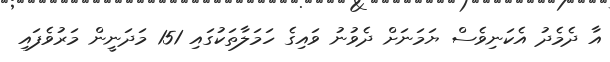
އާ ދެމެދު އެކަނިވެސް ޔަމަނަށް ދެވުނު ވައިގެ ހަމަލާތަކުގައި 151 މަދަނީން މަރުވެފައި